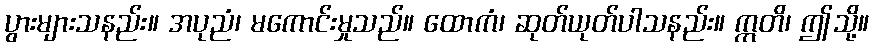
ပွားများသနည်း။ အပုညံ၊ မကောင်းမှုသည်။ ထောကံ၊ ဆုတ်ယုတ်ပါသနည်း။ ဣတိ၊ ဤသို့။